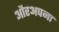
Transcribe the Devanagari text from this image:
औरअपना